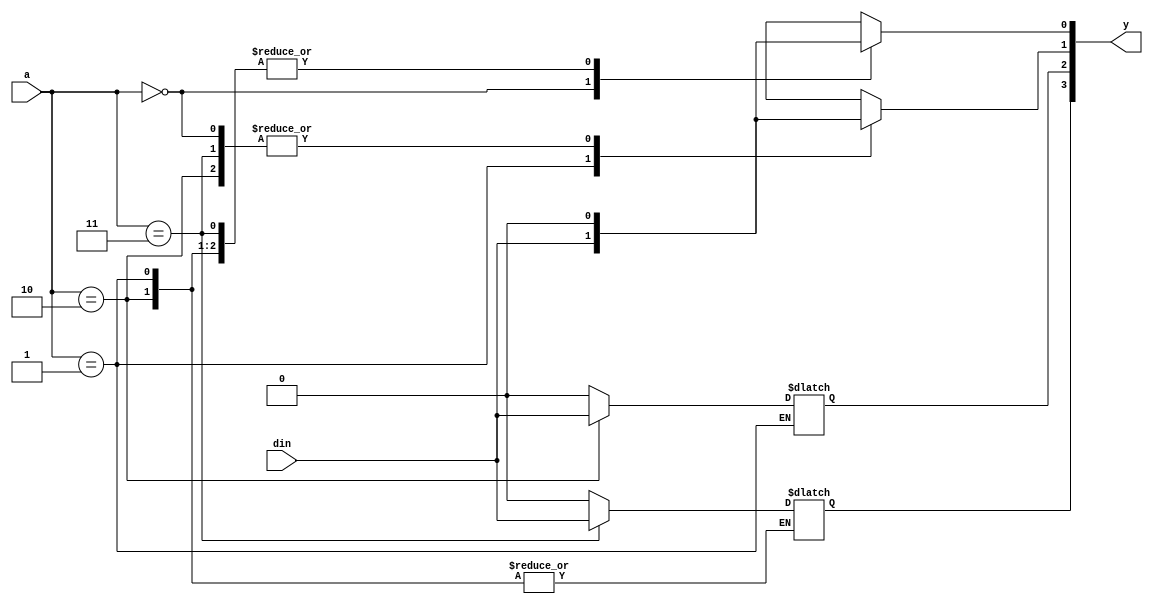
module demux(y,a,din);
input [1:0]a;
input din;
output reg [3:0] y;
always @(a,y)
begin
case(a)
2'b00 : begin y[0]=din ; y[3:1]=0; end
2'b01 : begin y[1]=din ; y[0]=0; end
2'b10 : begin y[2]=din ; y[1:0]=0; end
2'b11 : begin y[3]=din ; y[2:0]=0; end
endcase
end
endmodule